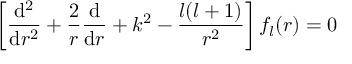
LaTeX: \left[ { \frac { \mathrm { d } ^ { 2 } } { \mathrm { d } r ^ { 2 } } } + { \frac { 2 } { r } } { \frac { \mathrm { d } } { \mathrm { d } r } } + k ^ { 2 } - { \frac { l ( l + 1 ) } { r ^ { 2 } } } \right] f _ { l } ( r ) = 0